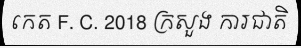
កេត F. C. 2018 ក្រសួង ការជាតិ